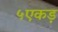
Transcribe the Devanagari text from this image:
५एकड़